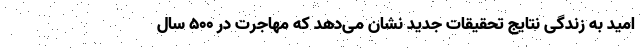
امید به زندگی نتایج تحقیقات جدید نشان می‌دهد که مهاجرت در ۵۰۰ سال